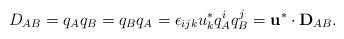
LaTeX: \begin{align*}D_{AB} = q_{A} q_{B} = q_{B} q_{A} = \epsilon_{ijk} u_{k}^{*} q_{A}^{i} q_{B}^{j} = {\bf u}^{*} \cdot{\bf D}_{AB} .\end{align*}